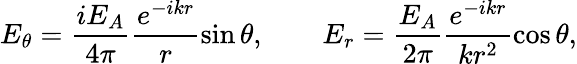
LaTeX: E_{\theta}=\frac{iE_{A}}{4\pi}\frac{e^{-ikr}}{r}\sin\theta,\qquad E_{r}=\frac{E_{A}}{2\pi}\frac{e^{-ikr}}{kr^{2}}\cos\theta,